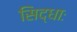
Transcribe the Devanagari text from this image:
सिद्धाः